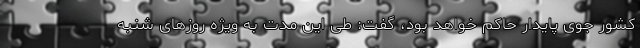
کشور جوی پایدار حاکم خواهد بود، گفت: طی این مدت به ویژه روزهای شنبه